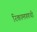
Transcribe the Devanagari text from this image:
रिकामपणची